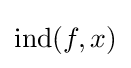
\mathrm {ind} (f,x)